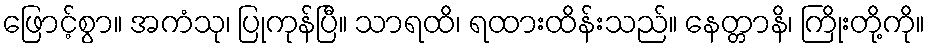
ဖြောင့်စွာ။ အကံသု၊ ပြုကုန်ပြီ။ သာရထိ၊ ရထားထိန်းသည်။ နေတ္တာနိ၊ ကြိုးတို့ကို။